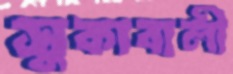
সুকাবালী